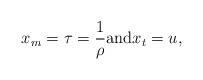
LaTeX: \begin{align*}x_m=\tau=\frac{1}{\rho}\hbox{and}x_t=u, \end{align*}